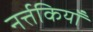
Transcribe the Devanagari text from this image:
नर्त्तकियाँ